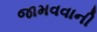
જામવવાની